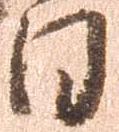
日